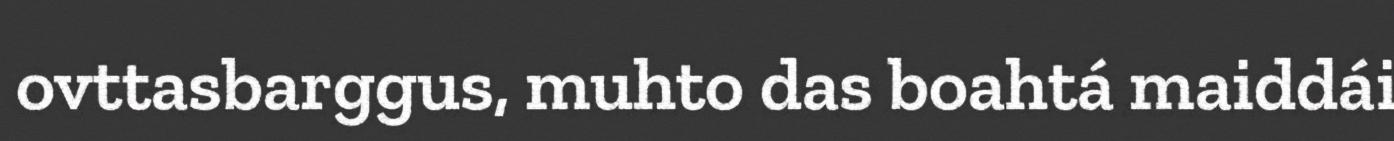
ovttasbarggus, muhto das boahtá maiddái